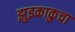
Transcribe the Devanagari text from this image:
झुइकाकुचा